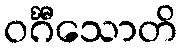
ဝင်္ဂီသောတိ